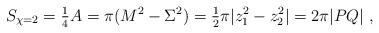
LaTeX: \begin{align*} S_{\chi=2} = {\textstyle\frac{1}{4}} A = \pi (M^2 - \Sigma^2) ={\textstyle\frac{1}{2}} \pi |z_1^2 - z_2^2| =2\pi |PQ|\ ,\end{align*}